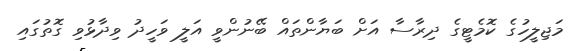
މަޖިލީހުގެ ކޮމެޓީގެ ދިރާސާ އަށް ބަޔާންތައް ބޭނުންވީ އަލީ ވަހީދު ވިދާޅުވި ގޮތުގައި